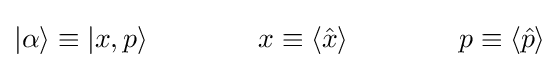
|\alpha \rangle \equiv |x,p\rangle \qquad \qquad x\equiv \langle {\hat {x}}\rangle \qquad \qquad p\equiv \langle {\hat {p}}\rangle